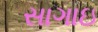
સાગાઇ